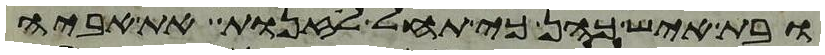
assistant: ובת איש כהן כי תחל לזנות את אביה